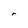
Character: r